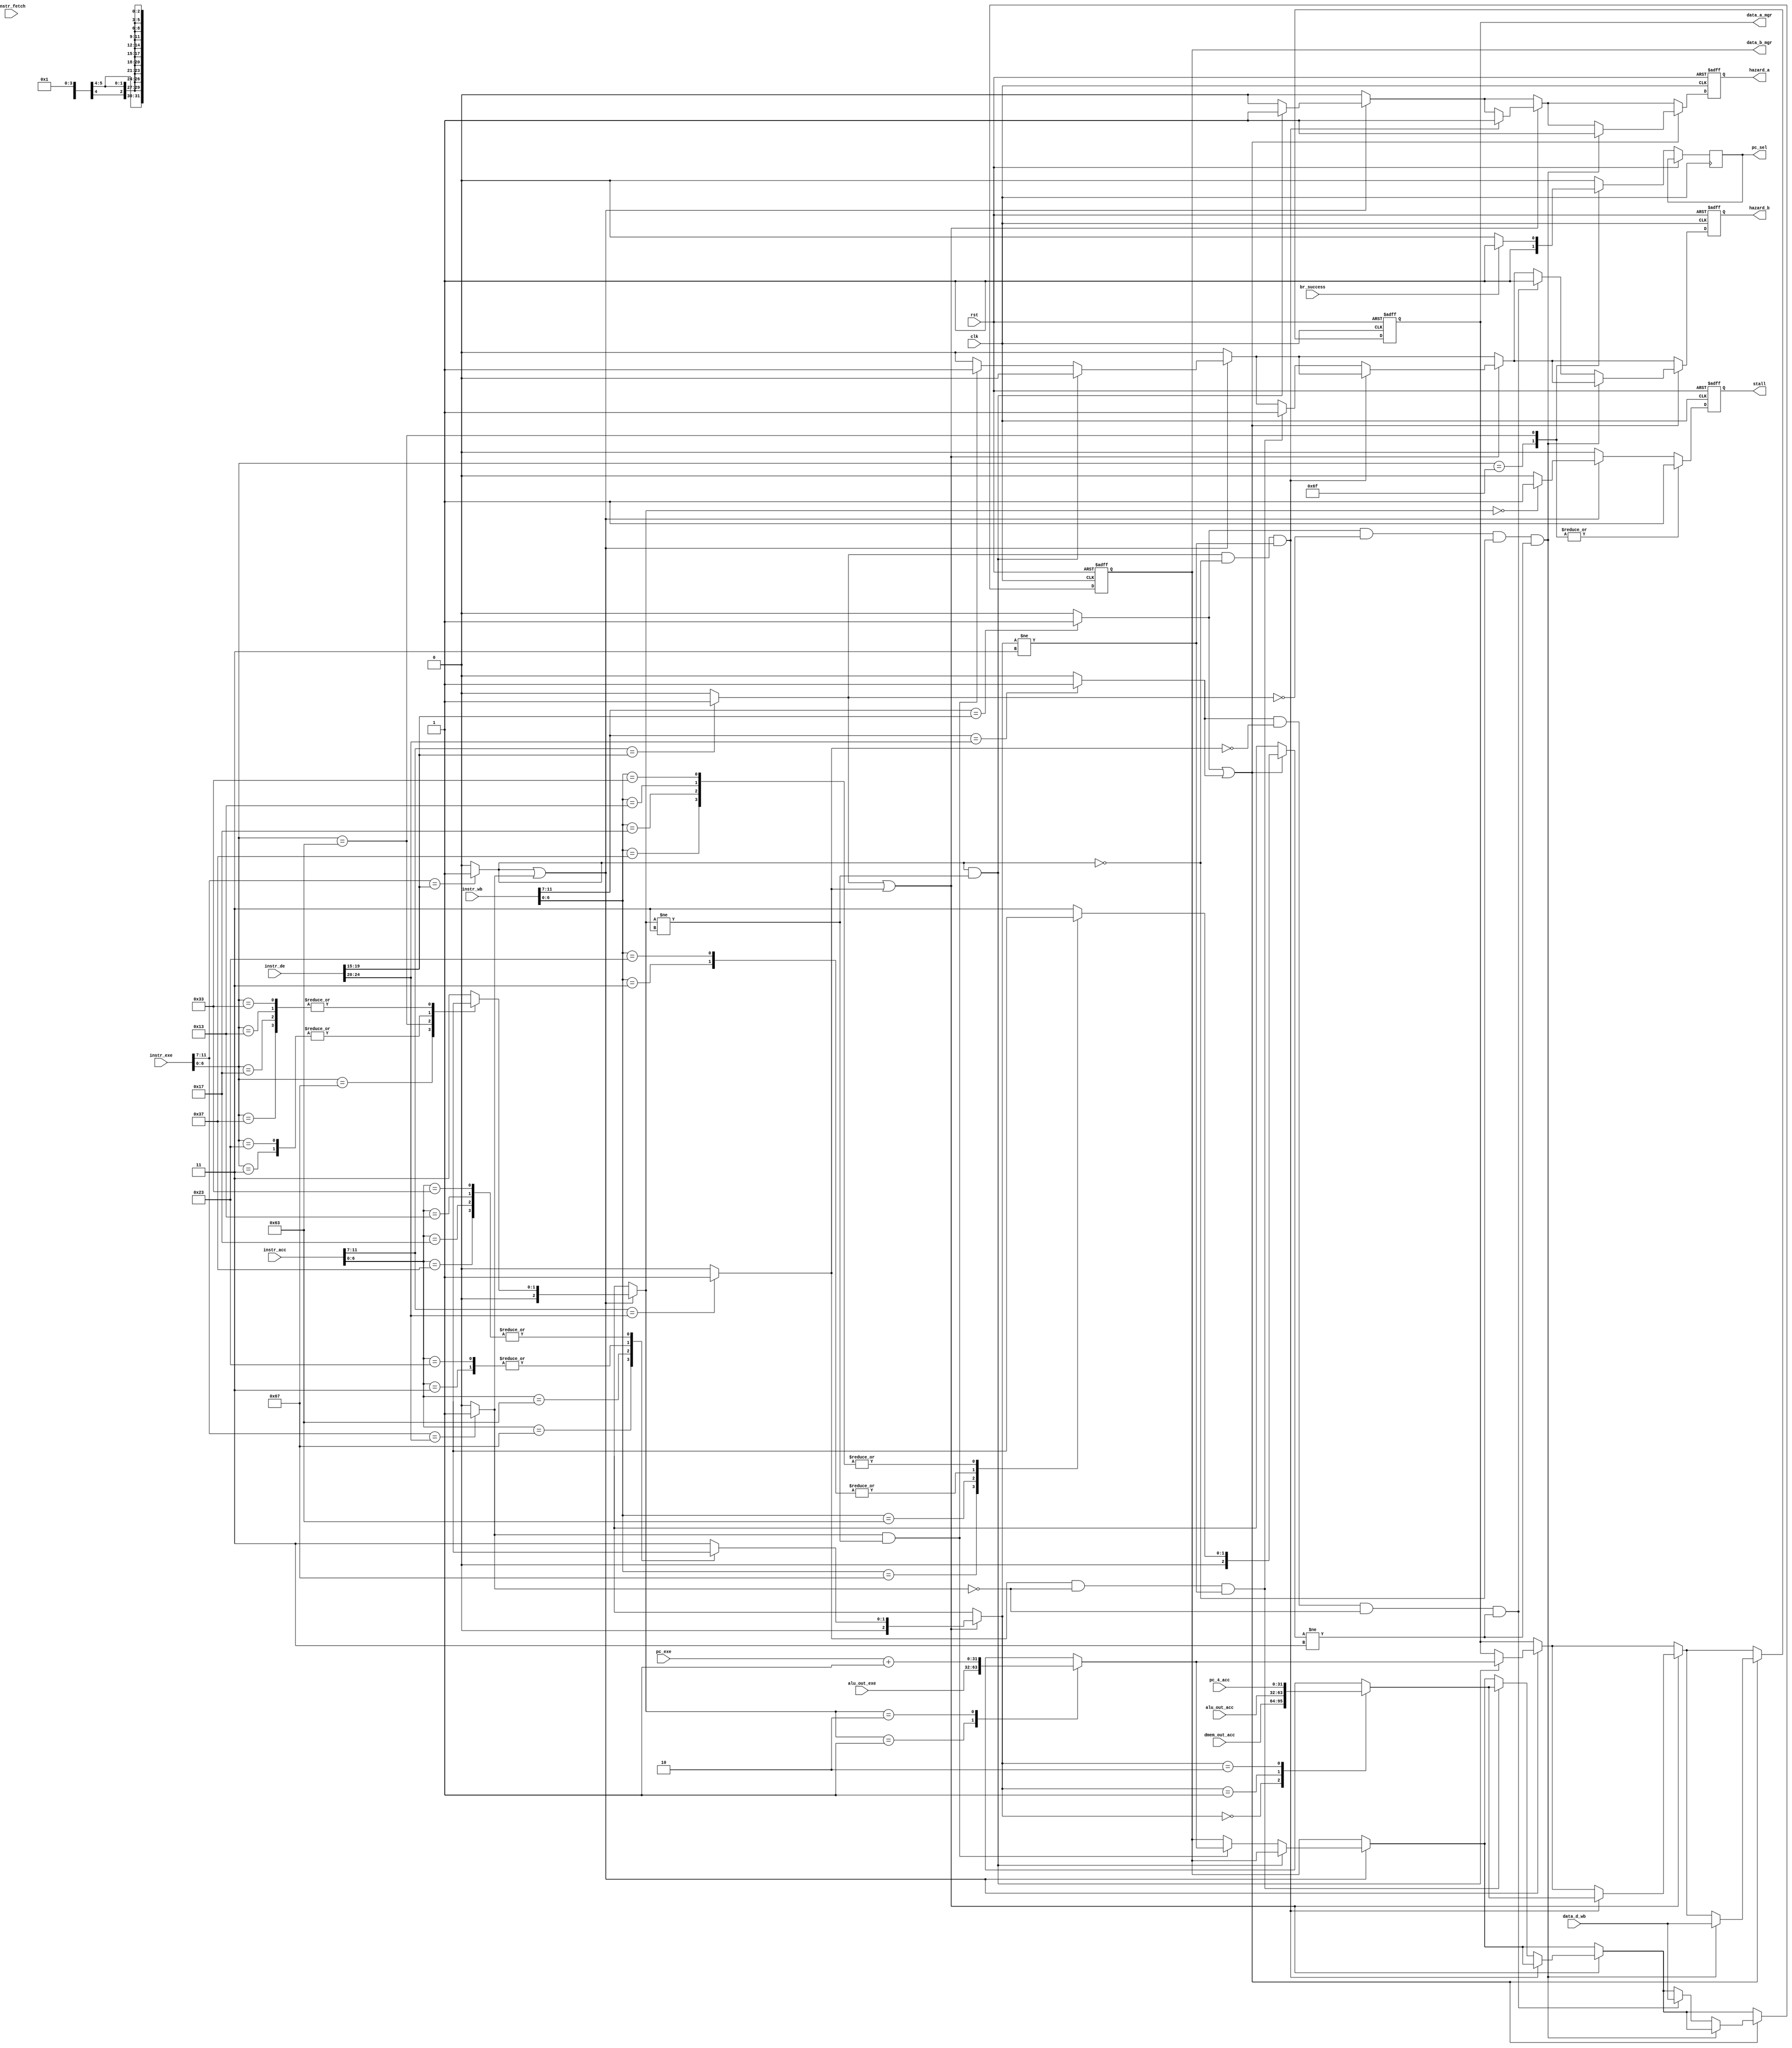
module instr_mgr(
    input        clk,
    input        rst,
    input [31:0] instr_fetch,
    input [31:0] instr_de,
    input [31:0] instr_exe,
    input [31:0] alu_out_exe,
    input [31:0] pc_exe,
    input [31:0] instr_acc,
    input [31:0] alu_out_acc,
    input [31:0] dmem_out_acc,
    input [31:0] instr_wb,
    input [31:0] data_d_wb,
    input [31:0] pc_4_acc,
    input        br_success,
    output       stall,
    output       hazard_a,
    output       hazard_b,
    output       pc_sel,
    output[31:0] data_a_mgr,
    output[31:0] data_b_mgr
);
reg       r_false_path;
reg       r_stall;
reg       r_pc_sel;
reg       r_hazard_a;
reg       r_hazard_b;
reg [5:0] r_conflict_map;
reg [2:0] r_wb_acc;
reg [2:0] r_wb_exe;
reg [2:0] r_wb_wb;
reg [31:0] r_data_mgr;
reg [31:0] r_data_a_mgr;
reg [31:0] r_data_b_mgr;

assign pc_sel = r_pc_sel;
assign stall = r_stall;
assign hazard_a = r_hazard_a;
assign hazard_b = r_hazard_b;
assign data_a_mgr = r_data_a_mgr;
assign data_b_mgr = r_data_b_mgr;

//Function checking if the instruction is a write back instruction
function [2:0] write_back_check;
    input [31:0] instruction;
    case (instruction[6:0])
        // LUI Instruction: 
        7'b0110111: begin
            write_back_check  = 2'b01;
        end
        // AUIPC Instruction: 
        7'b0010111: begin
            write_back_check  = 2'b01;
        end
        // JALR Instruction:
        7'b1100111: begin
            write_back_check  = 2'b10;
        end
        7'b1100011: begin
            write_back_check  = 2'bx;
        end
        7'b0000011: begin
            write_back_check  = 2'b0;
        end
        7'b0100011: begin
            write_back_check  = 2'b0;
        end
        7'b0010011: begin
            write_back_check  = 2'b1;
        end
        7'b0110011: begin
            write_back_check  = 2'b1;
        end
        default: begin
            write_back_check  = 2'b11;
        end
    endcase
endfunction

always @(posedge clk or posedge rst) begin
    if (rst) begin
        r_conflict_map = 6'b0;
        r_stall = 1'b0;
        r_hazard_a = 1'b0;
        r_hazard_b = 1'b0;
        r_wb_acc   = 4'h0;
        r_wb_exe   = 4'h0;
        r_data_mgr = 32'hx;
        r_data_a_mgr = 32'hx;
        r_data_b_mgr = 32'hx;
    end else begin
        r_conflict_map = 6'h0;
        r_pc_sel = 1'b0;
        r_stall = 1'b0;
        r_hazard_a = 1'b0;
        r_hazard_b = 1'b0;
        if (instr_wb[11:7] == instr_de[19:15]) begin
            r_conflict_map[5] = 1'b1;
        end if (instr_wb[11:7] == instr_de[24:20]) begin
            r_conflict_map[4] = 1'b1;
        end 
        if (instr_acc[11:7] == instr_de[19:15]) begin
            r_conflict_map[3] = 1'b1;
        end if (instr_acc[11:7] == instr_de[24:20]) begin
            r_conflict_map[2] = 1'b1;
        end 
        if (instr_exe[11:7] == instr_de[19:15]) begin
            r_conflict_map[1] = 1'b1;
        end if(instr_exe[11:7] == instr_de[24:20]) begin
            r_conflict_map[0] = 1'b1;
        end
        if (r_conflict_map[1] || r_conflict_map[0]) begin
            r_wb_exe = write_back_check(instr_exe);
            case (r_wb_exe)
                3'b00: begin
                    r_stall = 1'b1;
                    r_data_mgr = 32'hx;
                end
                3'b01: begin
                    r_data_mgr = alu_out_exe;
                end
                3'b10: begin
                    r_data_mgr = pc_exe + 1'b1;
                end
                default: begin
                    r_data_mgr = 32'hx;
                end
            endcase
            if (r_conflict_map[1] && r_wb_exe != 3'b11) begin
                r_data_a_mgr = r_data_mgr;
                r_hazard_a = 1'b1;
            end else if (r_conflict_map[0] && r_wb_exe != 3'b11) begin
                r_data_b_mgr = r_data_mgr;
                r_hazard_b = 1'b1;
            end
        end 
        if (r_conflict_map[3] || r_conflict_map[2]) begin
            r_wb_acc = write_back_check(instr_acc);
            case (r_wb_acc)
                3'b00: begin
                    r_data_mgr = dmem_out_acc;
                end
                3'b01: begin
                    r_data_mgr = alu_out_acc;
                end
                3'b10: begin
                    r_data_mgr = pc_4_acc;
                end
                default: begin
                    r_data_mgr = 32'hx;
                end
            endcase
            if (r_conflict_map[3] && !r_conflict_map[1] &&  r_wb_acc != 3'b11) begin
                r_data_a_mgr = r_data_mgr;
                r_hazard_a = 1'b1;
            end else if (r_conflict_map[2] && !r_conflict_map[0] &&  r_wb_acc != 3'b11) begin
                r_data_b_mgr = r_data_mgr;
                r_hazard_b = 1'b1;
            end
        end
        if (r_conflict_map[5] || r_conflict_map[4]) begin
            r_wb_wb = write_back_check(instr_wb);
            if (r_conflict_map[5] && !r_conflict_map[3] && !r_conflict_map[1] &&  r_wb_wb != 3'b11) begin
                r_data_a_mgr = data_d_wb;
                r_hazard_a = 1'b1;
            end else if (r_conflict_map[4] && !r_conflict_map[2] && !r_conflict_map[0] &&  r_wb_wb != 3'b11) begin
                r_data_b_mgr = data_d_wb;
                r_hazard_b = 1'b1;
            end
        end
        /*
        case (instr_fetch[6:0])
            // JAL Instruction:
            7'b1101111: begin
            end
            // JALR Instruction:
            7'b1101111: begin
            end
        */
       case (instr_exe[6:0])
            // JAL Instruction:
            7'b1101111: begin
                r_pc_sel <= 1'b1;
                r_stall <= 1'b1;
            end
            // JALR Instruction:
            7'b1101111: begin
                r_pc_sel <= 1'b1;
                r_stall <= 1'b1;
            end
            7'b1100011: begin
                if (br_success)
                    r_pc_sel <= 1'b1;
                    r_stall <= 1'b1;
            end
            default: r_pc_sel <= 1'b0;
        endcase
    end
end



endmodule